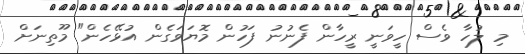
މި ލުހާ ވެސް ހީވަނީ ރީހާން ފެނުނު ފަހުން މޮޔަވަގެން އުޅޭހެން" މޫތިނަށް